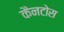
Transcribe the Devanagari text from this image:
कैनटोस